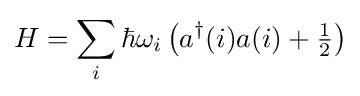
H=\sum _{i}\hbar \omega _{i}\left(a^{\dagger }(i)a(i)+{\tfrac {1}{2}}\right)